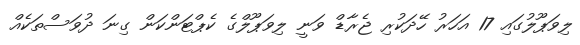
ލިވަޕޫލުގައި 17 އަހަރު ހޭދަކުރި ޖެރާޑް ވަނީ ލިވަޕޫލްގެ ކެޕްޓަންކަން ގިނަ ދުވަސްތަކެއް